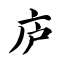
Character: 庐